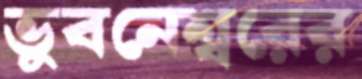
ভুবনেশ্বরের